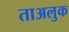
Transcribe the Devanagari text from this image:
ताअलुक